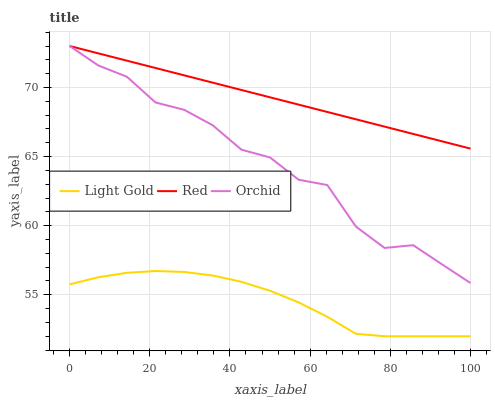
| xaxis_label | Light Gold | Red | Orchid |
 | --- | --- | --- | --- |
 | 0 | 55.8 | 73 | 73 |
 | 7.14 | 56.3 | 72.5 | 71.6 |
 | 14.3 | 56.6 | 71.9 | 70.8 |
 | 21.4 | 56.7 | 71.4 | 68.9 |
 | 28.6 | 56.7 | 70.9 | 68.4 |
 | 35.7 | 56.4 | 70.3 | 67.3 |
 | 42.9 | 55.9 | 69.8 | 65.5 |
 | 50 | 55.3 | 69.3 | 64.9 |
 | 57.1 | 54.4 | 68.8 | 63.3 |
 | 64.3 | 53.4 | 68.2 | 62.9 |
 | 71.4 | 52.2 | 67.7 | 59.9 |
 | 78.6 | 52 | 67.2 | 58.4 |
 | 85.7 | 52 | 66.6 | 58.6 |
 | 92.9 | 52 | 66.1 | 57.2 |
 | 100 | 52 | 65.6 | 55.9 |